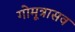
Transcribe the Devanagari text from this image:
गोमूत्रासव